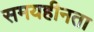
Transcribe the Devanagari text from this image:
समयहीनता